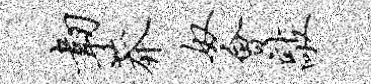
韧莽奴会敲